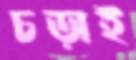
চড়াই